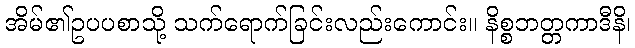
အိမ်၏ဥပပစာသို့ သက်ရောက်ခြင်းလည်းကောင်း။ နိစ္စဘတ္တကာဒီနိ၊